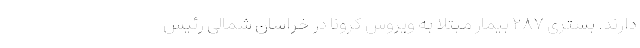
دارند. بستری ۲۸۷ بیمار مبتلا به ویروس کرونا در خراسان شمالی رئیس